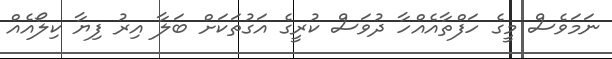
ނަމަވެސް މީގެ ހަފްތާއެއްހާ ދުވަސް ކުރީގެ އަގުތަކަށް ބަލާ އިރު ފިޔާ ކިލޯއެއް